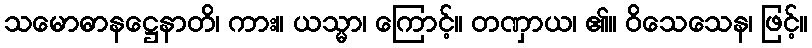
သမောဓာနဋ္ဌေနာတိ၊ ကား။ ယသ္မာ၊ ကြောင့်။ တဏှာယ၊ ၏။ ဝိသေသေန၊ ဖြင့်။